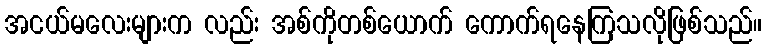
အငယ်မလေးများက လည်း အစ်ကိုတစ်ယောက် ကောက်ရနေကြသလိုဖြစ်သည်။